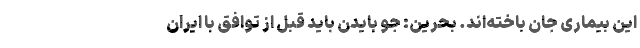
این بیماری جان باخته‌اند. بحرین: جو بایدن باید قبل از توافق با ایران